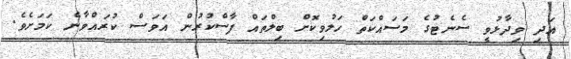
އަދި ވިދާޅުވީ ސެނެޓުގެ މަސައްކަތް ހަލުވިކޮށް ބިލްތައް ފާސްކުރުން އަވަސް ކުރައްވާނެ ކަމަށެވެ.